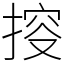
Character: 𢯱